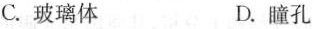
C.玻璃体 D.瞳孔